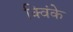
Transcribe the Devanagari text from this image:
क्विंके